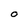
Character: O